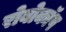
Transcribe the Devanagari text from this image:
रोबोकाॅप